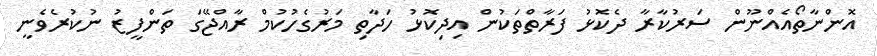
އޮންނާތޯއެއްނޫން ސަރުކާރާ ދެކޮޅު ފަރާތްތަކުން އިދިކޮޅު ހަދާތި މަރުގެހުކުމް ރާއްޖޭގަ ތަންފީޒު ނުކުރެވެނީ